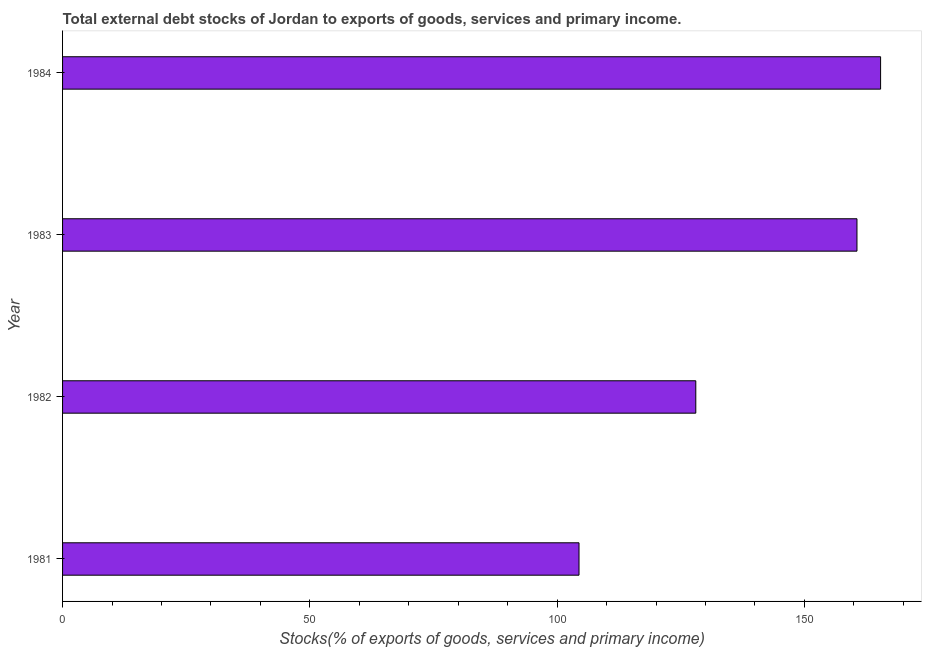
| Year | External debt stocks (% of exports of goods |
 | --- | --- |
 | 1981 | 104 |
 | 1982 | 128 |
 | 1983 | 161 |
 | 1984 | 165 |